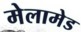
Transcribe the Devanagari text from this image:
मेलामेड